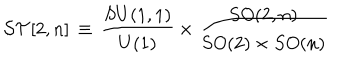
{ \cal S T } [ 2 , n ] \, \equiv \, \frac { S U ( 1 , 1 ) } { U ( 1 ) } \times \frac { S O ( 2 , n ) } { S O ( 2 ) \times S O ( n ) }